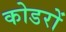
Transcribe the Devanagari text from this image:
कोडरों